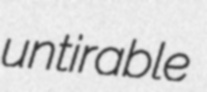
untirable